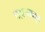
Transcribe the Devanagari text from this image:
पहार्‍यातून